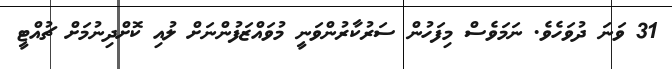
31 ވަަނަ ދުވަހެވެ. ނަމަވެސް މިފަހުން ސަރުކާރުންވަނީ މުވައްޒަފުންނަށް ލުއި ކޮށްދިނުމަށް ޗުއްޓީ